Report of an investigation into the causes of the diseases known in Assam as Kála-Azár and Beri-Beri
Disease focus: Beri-Beri
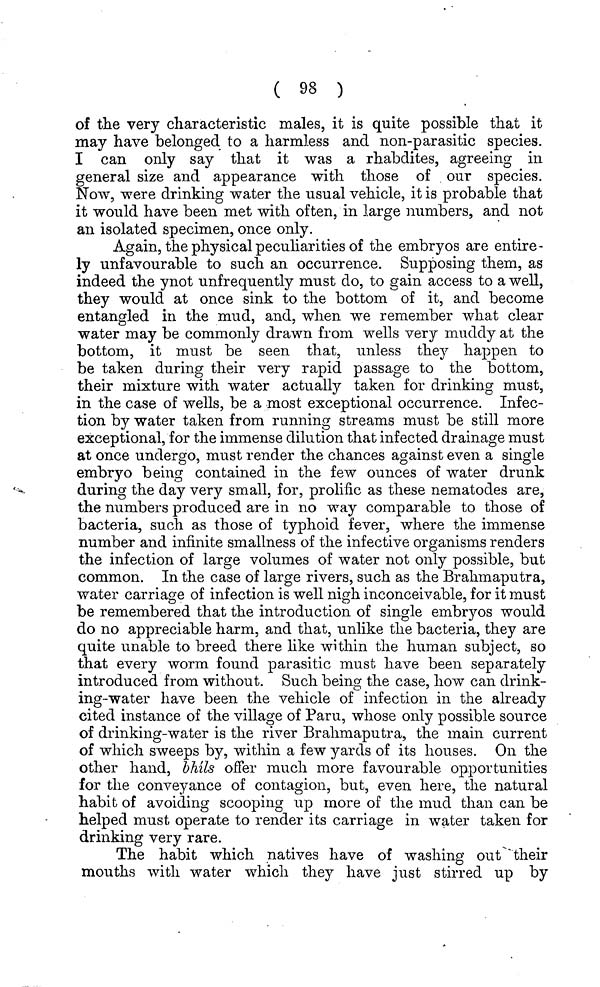
( 98 )
of the very characteristic males, it is quite possible that it
may have belonged to a harmless and non-parasitic species.
I can only say that it was a rhabdites, agreeing in
general size and appearance with those of our species.
Now, were drinking water the usual vehicle, it is probable that
it would have been met with often, in large numbers, and not
an isolated specimen, once only.
Again, the physical peculiarities of the embryos are entire-
ly unfavourable to such an occurrence. Supposing them, as
indeed the ynot unfrequently must do, to gain access to a well,
they would at once sink to the bottom of it, and become
entangled in the mud, and, when we remember what clear
water may be commonly drawn from wells very muddy at the
bottom, it must be seen that, unless they happen to
be taken during their very rapid passage to the bottom,
their mixture with water actually taken for drinking must,
in the case of wells, be a most exceptional occurrence. Infec-
tion by water taken from running streams must be still more
exceptional, for the immense dilution that infected drainage must
at once undergo, must render the chances against even a single
embryo being contained in the few ounces of water drunk
during the day very small, for, prolific as these nematodes are,
the numbers produced are in no way comparable to those of
bacteria, such as those of typhoid fever, where the immense
number and infinite smallness of the infective organisms renders
the infection of large volumes of water not only possible, but
common. In the case of large rivers, such as the Brahmaputra,
water carriage of infection is well nigh inconceivable, for it must
be remembered that the introduction of single embryos would
do no appreciable harm, and that, unlike the bacteria, they are
quite unable to breed there like within the human subject, so
that every worm found parasitic must have been separately
introduced from without. Such being the case, how can drink-
ing-water have been the vehicle of infection in the already
cited instance of the village of Paru, whose only possible source
of drinking-water is the river Brahmaputra, the main current
of which sweeps by, within a few yards of its houses. On the
other hand, bhils offer much more favourable opportunities
for the conveyance of contagion, but, even here, the natural
habit of avoiding scooping up more of the mud than can be
helped must operate to render its carriage in water taken for
drinking very rare.
The habit which natives have of washing out their
mouths with water which they have just stirred up by